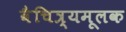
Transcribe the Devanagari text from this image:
वैचित्र्यमूलक